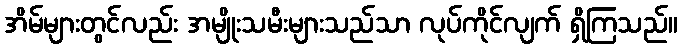
အိမ်များတွင်လည်း အမျိုးသမီးများသည်သာ လုပ်ကိုင်လျက် ရှိကြသည်။